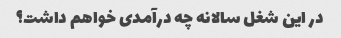
در این شغل سالانه چه درآمدی خواهم داشت؟